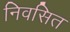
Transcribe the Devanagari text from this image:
निवसित